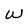
Character: w